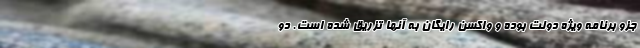
جزو برنامه ویژه دولت بوده و واکسن رایگان به آنها تزریق شده است. دو